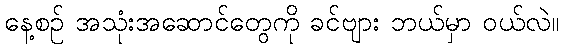
နေ့စဉ် အသုံးအဆောင်တွေကို ခင်ဗျား ဘယ်မှာ ဝယ်လဲ။